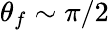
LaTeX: \theta_{f}\sim\pi/2